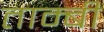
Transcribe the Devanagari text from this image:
ताम्बी